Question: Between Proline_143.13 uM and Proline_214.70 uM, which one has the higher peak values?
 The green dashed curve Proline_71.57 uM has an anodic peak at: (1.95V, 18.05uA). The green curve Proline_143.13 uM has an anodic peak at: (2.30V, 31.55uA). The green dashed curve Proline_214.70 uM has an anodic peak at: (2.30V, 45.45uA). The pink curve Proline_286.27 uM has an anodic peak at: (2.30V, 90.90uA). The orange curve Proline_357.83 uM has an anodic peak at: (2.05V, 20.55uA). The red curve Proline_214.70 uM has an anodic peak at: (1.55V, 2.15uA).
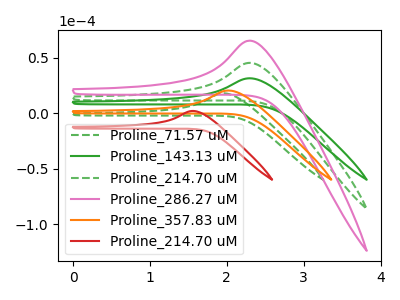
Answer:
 <answer>Every peak in "Proline_143.13 uM" is lower than every peak in "Proline_214.70 uM".</answer>
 <eval>lower</eval>